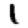
Digit: 1